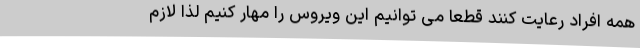
همه افراد رعایت کنند قطعا می توانیم این ویروس را مهار کنیم لذا لازم